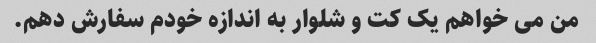
من می خواهم یک کت و شلوار به اندازه خودم سفارش دهم.